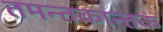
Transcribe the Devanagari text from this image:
तमन्तकान्तकं